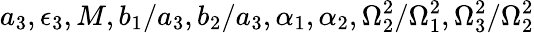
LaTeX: a_{3},\epsilon_{3},M,b_{1}/a_{3},b_{2}/a_{3},\alpha_{1},\alpha_{2},\Omega_{2}^{2}/\Omega_{1}^{2},\Omega_{3}^{2}/\Omega_{2}^{2}